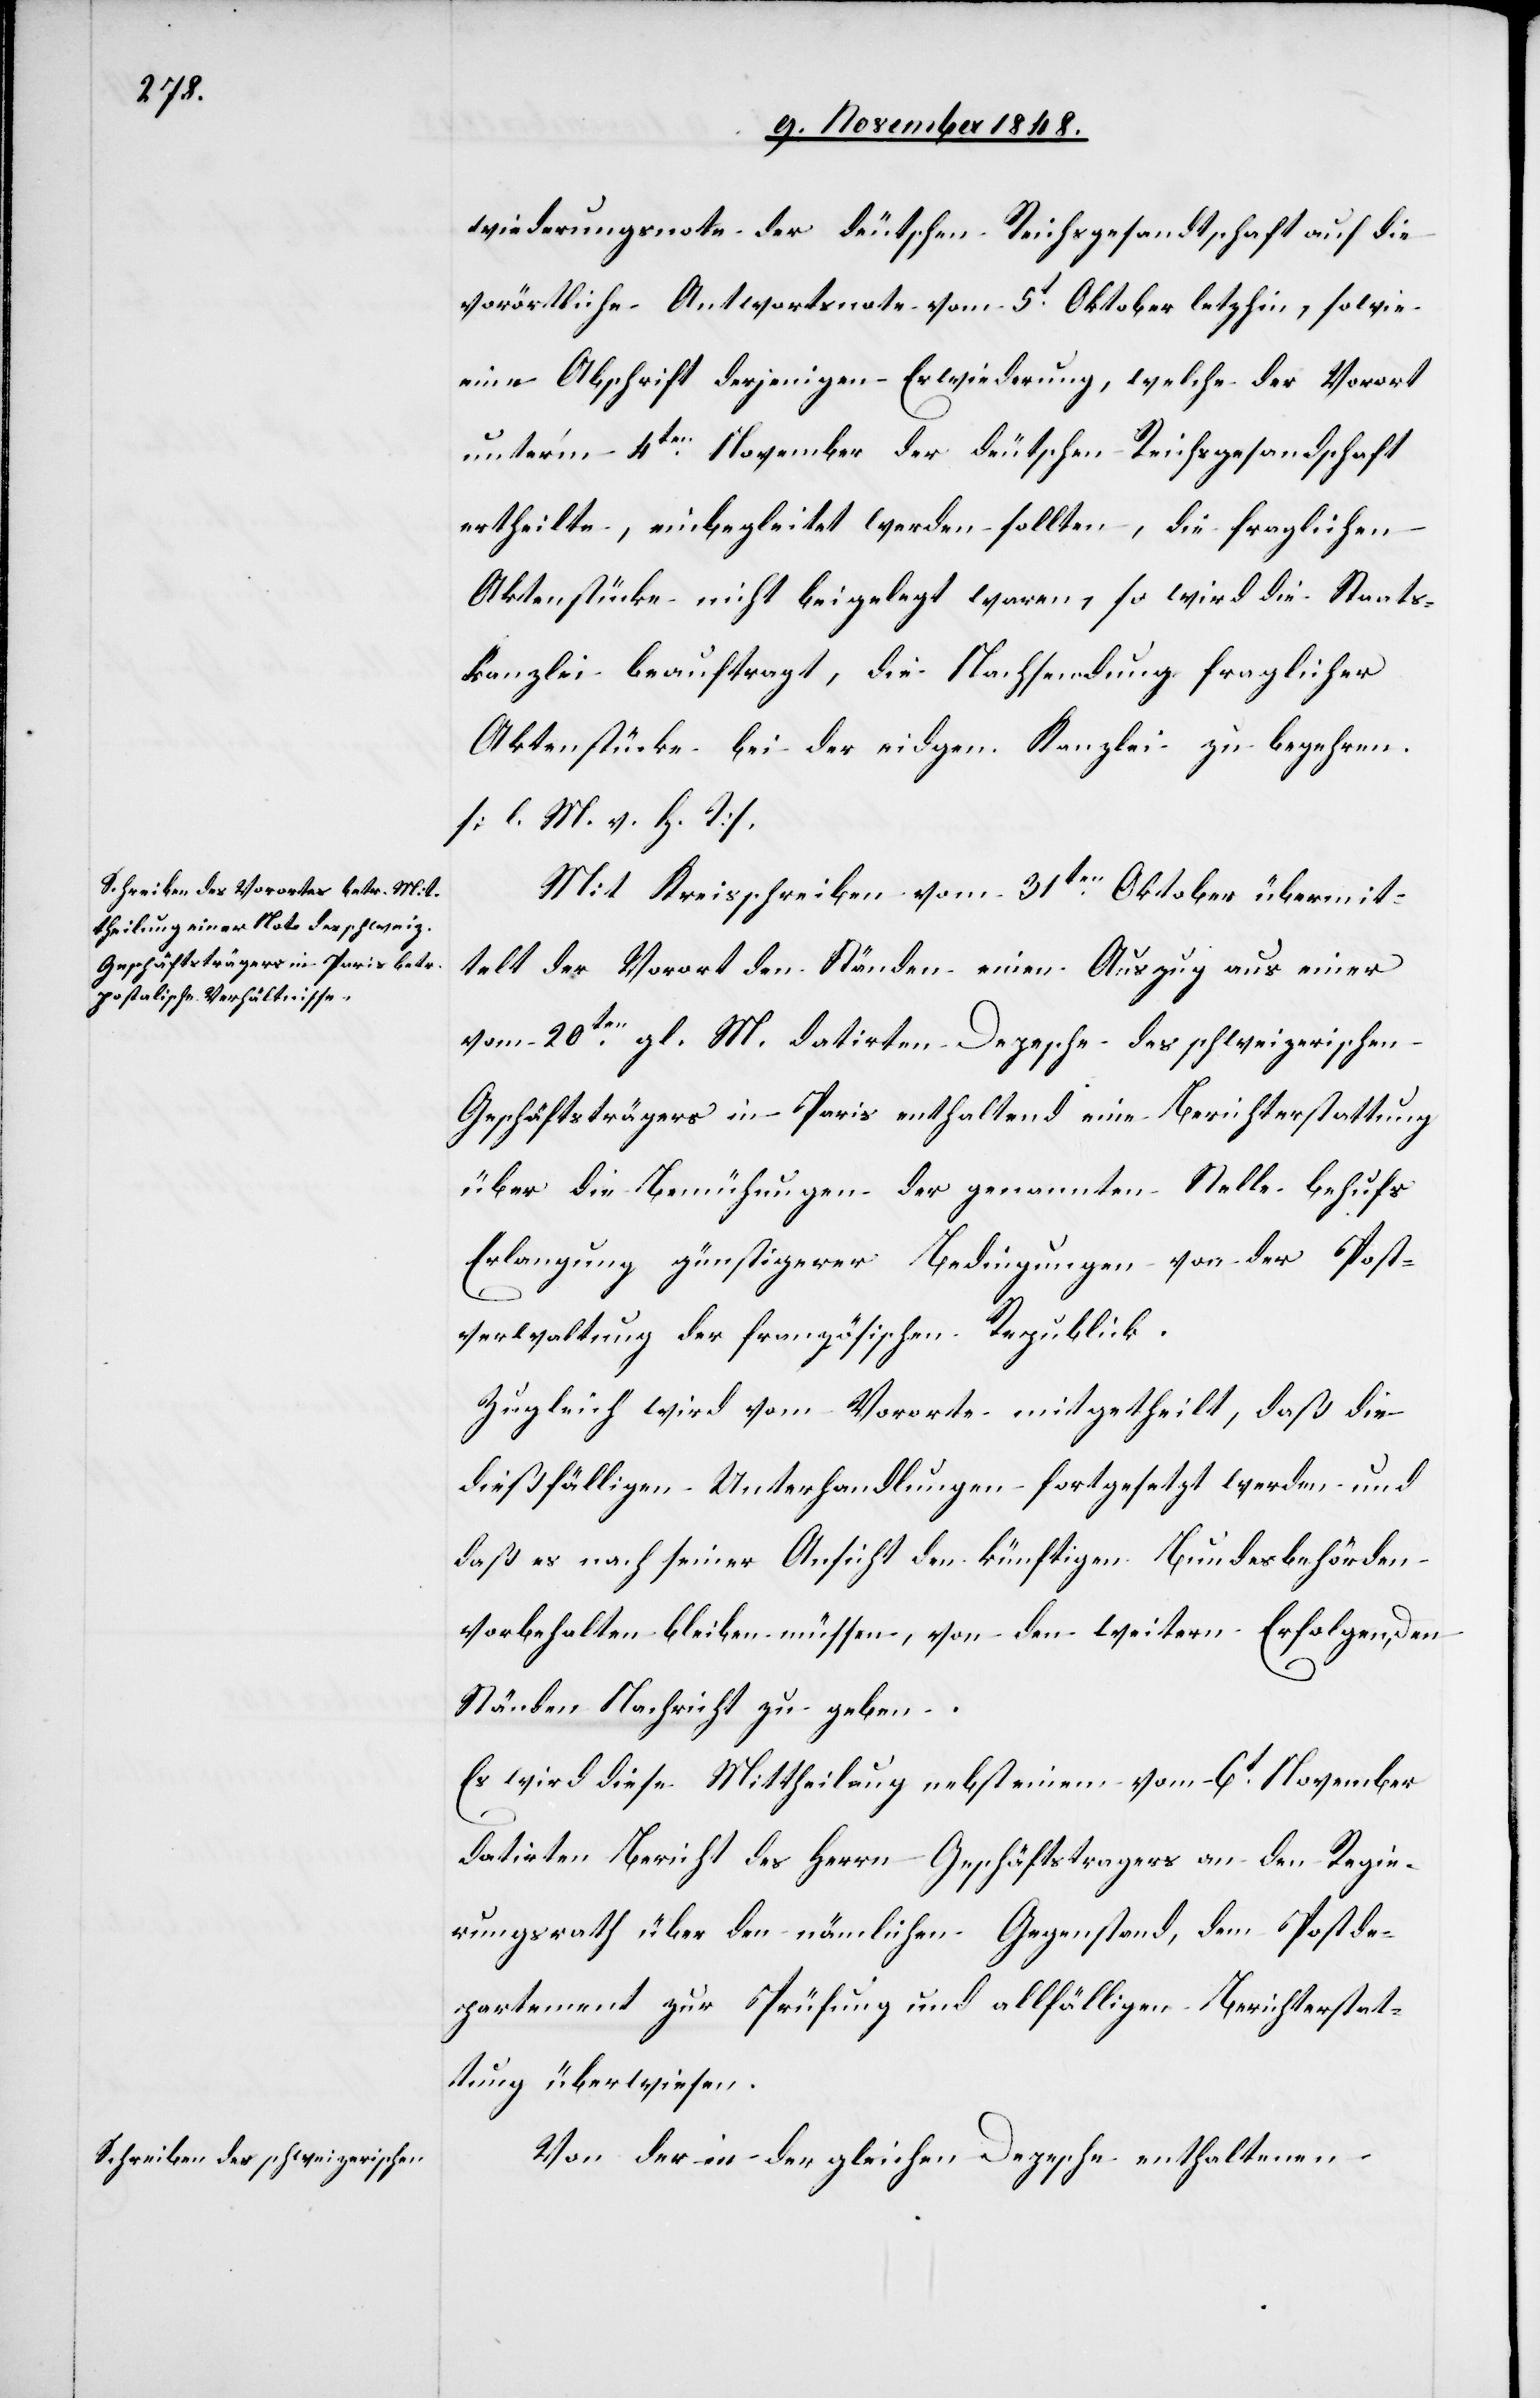
wiederungsnote der deutschen Reichsgesandtschaft auf die
vorörtliche Antwortsnote vom 5t Oktober letzthin, sowie
eine Abschrift derjenigen Erwiederung, welche der Vorort
unter’m 4ten November der deutschen Reichsgesandtschaft
ertheilte, einbegleitet werden sollte, die fraglichen
Akenstücke nicht beigelegt waren, so wird die Staats¬
kanzlei beauftragt, die Nachsendung fraglicher
Aktenstücke bei der eidgen. Kanzlei zu begehren.
[l. M. v. h. T]
Mit Schreiben vom 30ten Oktober übermit¬
telt der Vorort den Ständen einen Auszug aus einer
vom 20ten gl. M. datirten Depesche des schweizerischen
Geschäftsträgers in Paris enthaltend eine Berichterstattung
über die Bemühungen der genannten Stelle behufs
Erlangung günstigerer Bedingungen von der Post¬
verwaltung der französischen Republik.
Zugleich wird vom Vororte mitgetheilt, daß die
dießfälligen Unterhandlungen fortgesetzt werden und
daß es nach seiner Ansicht den künftigen Bundesbehörden
vorbehalten bleiben müsse, von den weitern Erfolgen den
Ständen Nachricht zu geben.
Es wird diese Mittheilung nebst einem vom 6t November
datirten Bericht des Herrn Geschäftstragers [sic!] an den Regie¬
rungsrath über den nämlichen Gegenstand, dem Postde¬
partement zur Prüfung und allfälligen Berichterstat¬
tung überwiesen.
Von der in der gleichen Depesche enthaltenen